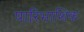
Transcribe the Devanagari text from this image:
पारिभाशिक